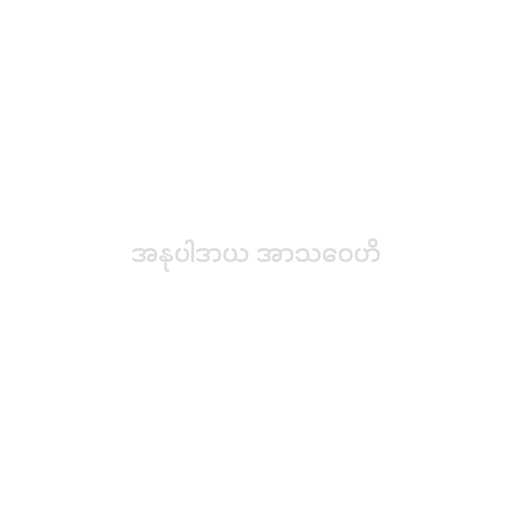
အနုပါဒာယ အာသဝေဟိ